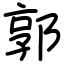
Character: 郭